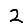
Digit: 2